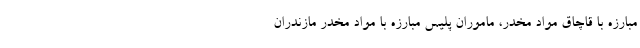
مبارزه با قاچاق مواد مخدر، ماموران پلیس مبارزه با مواد مخدر مازندران